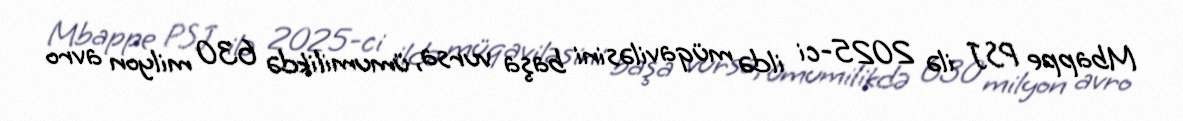
Mbappe PSJ ilə 2025-ci ildə müqaviləsini başa vursa, ümumilikdə 630 milyon avro